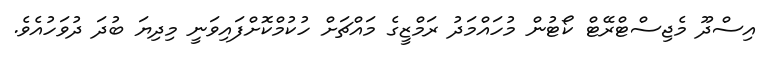
އިސްދޫ މެޖިސްޓްރޭޓް ކޯޓުން މުހައްމަދު ރަމްޒީގެ މައްޗަށް ހުކުމްކޮށްފައިވަނީ މިދިޔަ ބުދަ ދުވަހުއެވެ.